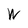
Character: W